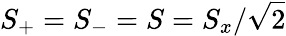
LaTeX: S_{+}=S_{-}=S=S_{x}/\sqrt{2}